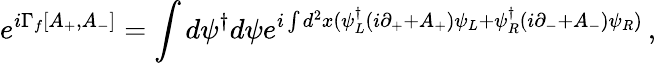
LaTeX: e^{i\Gamma_{f}[A_{+},A_{-}]}=\int d\psi^{\dagger}d\psi e^{i\int d^{2}x(\psi_{L}^{\dagger}(i\partial_{+}+A_{+})\psi_{L}+\psi_{R}^{\dagger}(i\partial_{-}+A_{-})\psi_{R})}\, ,